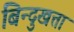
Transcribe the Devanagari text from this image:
बिन्दुखत्ता